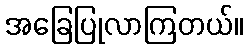
အခြေပြုလာကြတယ်။